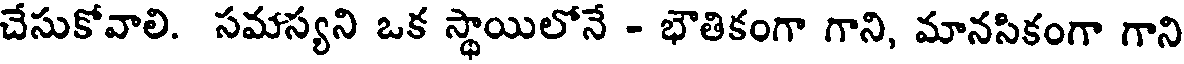
చేసుకోవాలి. సమస్యని ఒక స్థాయిలోనే - భౌతికంగా గాని, మానసికంగా గాని